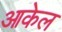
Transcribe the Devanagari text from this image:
आकेल